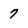
Character: 7